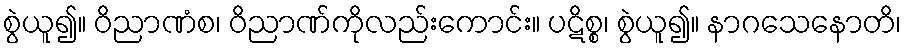
စွဲယူ၍။ ဝိညာဏံစ၊ ဝိညာဏ်ကိုလည်းကောင်း။ ပဋိစ္စ၊ စွဲယူ၍။ နာဂသေနောတိ၊